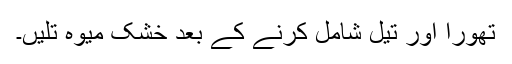
تھورا اور تیل شامل کرنے کے بعد خُشک میوہ تلیں۔